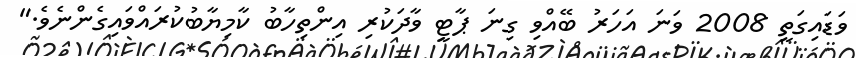
ވަޑައިގަތީ 2008 ވަނަ އަހަރު ބޭއްވި ގިނަ ޕާޓީ ވާދަކުރި އިންތިހާބު ކާމިޔާބުކުރައްވައިގެންނެވެ."